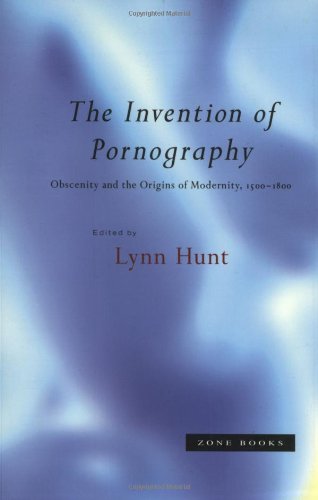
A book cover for The Invention of Pornography, 1500-1800: Obscenity and the Origins of Modernity; Politics & Social Sciences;